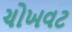
ચોખવટ